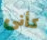
كأنى